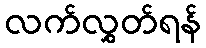
လက်လွှတ်ရန်